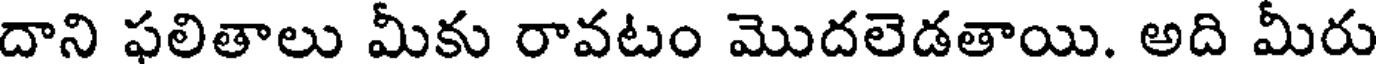
దాని ఫలితాలు మీకు రావటం మొదలెడతాయి. అది మీరు